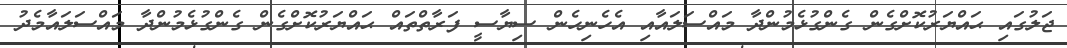
ޖަލުގައި ޙައްޔަރުކޮށްގެން ގެންގުޅެމުންދާ މައްސަލައާއި އެހެނިހެން ސިޔާސީ ފަރާތްތައް ޙައްޔަރުކޮށްގެން ގެންގުޅެމުންދާ މައްސަލައާމެދު